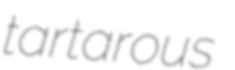
tartarous